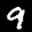
Label: 9